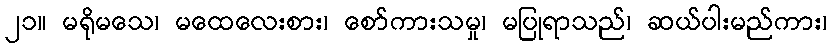
၂၁။ မရိုမသေ၊ မထေလေးစား၊ စော်ကားသမှု၊ မပြုရာသည်၊ ဆယ်ပါးမည်ကား၊